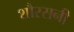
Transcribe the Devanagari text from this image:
शौरसनी